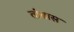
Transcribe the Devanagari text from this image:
तांब्रास